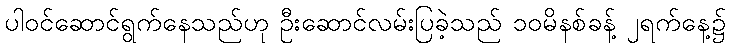
ပါဝင်ဆောင်ရွက်နေသည်ဟု ဦးဆောင်လမ်းပြခဲ့သည် ၁၀မိနစ်ခန့် ၂ရက်နေ့၌